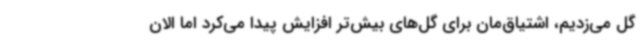
گل می‌زدیم، اشتیاق‌مان برای گل‌های بیش‌تر افزایش پیدا می‌کرد اما الان